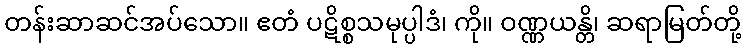
တန်းဆာဆင်အပ်သော။ ဧတံ ပဋိစ္စသမုပ္ပါဒံ၊ ကို။ ဝဏ္ဏယန္တိ၊ ဆရာမြတ်တို့